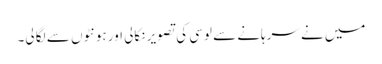
میں نے سرہانے سے لوسی کی تصویر نکالی اور ہونٹوں سے لگا لی۔